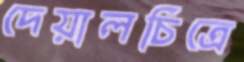
দেয়ালচিত্রে